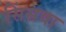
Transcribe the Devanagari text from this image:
सिंसवा